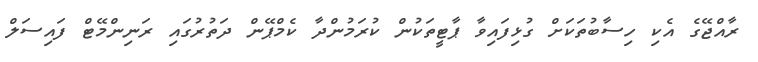
ރާއްޖޭގެ އެކި ހިސާބުތަކަށް ގުޅިފައިވާ ޕާޓީތަކުން ކުރަމުންދާ ކެމްޕޭން ދަތުރުގައި ރަނިންމޭޓް ފައިސަލް